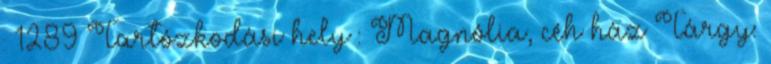
: 1289 Tartózkodási hely : Magnólia, céh ház Tárgy: